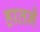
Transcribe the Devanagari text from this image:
हातने